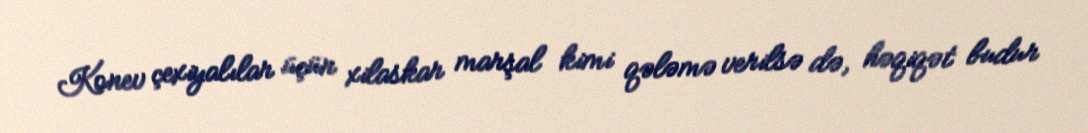
Konev çexiyalılar üçün xilaskar marşal kimi qələmə verilsə də, həqiqət budur